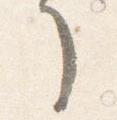
了